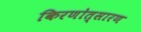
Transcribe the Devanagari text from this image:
किरणोत्सारण